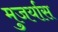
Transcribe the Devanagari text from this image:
मुजर्यास